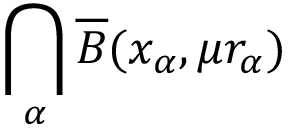
\bigcap _ { \alpha } { \overline { { B } } } ( x _ { \alpha } , \mu r _ { \alpha } )